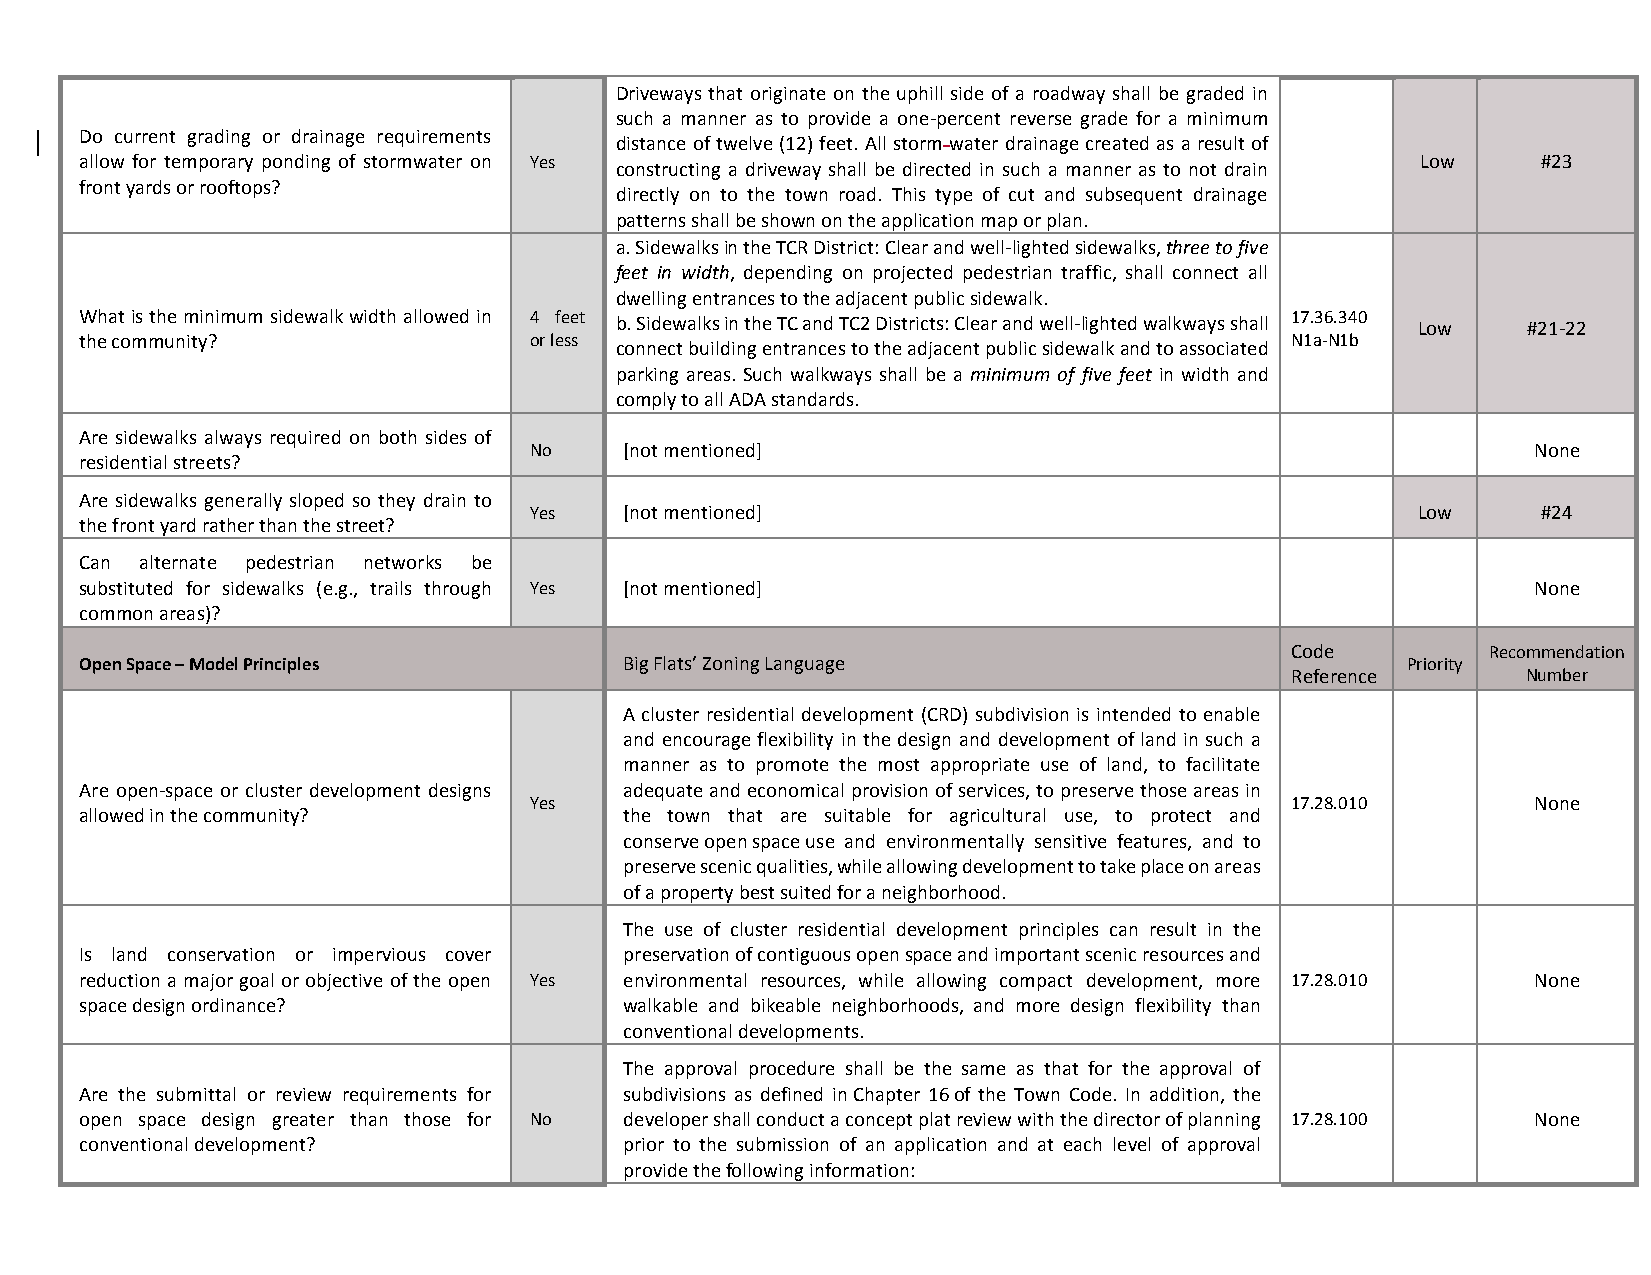
Driveways that originate on the uphill side of a roadway shall be graded in
 such a manner as to provide a one-percent reverse grade for a minimum
 Do current grading or drainage requirements
 distance of twelve (12) feet. All storm water drainage created as a result of
 allow for temporary ponding of stormwater on Yes                                         Low     #23
 constructing a driveway shall be directed in such a manner as to not drain
 front yards or rooftops?
 directly on to the town road. This type of cut and subsequent drainage
 patterns shall be shown on the application map or plan.
 a. Sidewalks in the TCR District: Clear and well-lighted sidewalks, three to five
 feet in width, depending on projected pedestrian traffic, shall connect all
 dwelling entrances to the adjacent public sidewalk.
 What is the minimum sidewalk width allowed in 4 feet b. Sidewalks in the TC and TC2 Districts: Clear and well-lighted walkways shall 17.36.340 Low #21-22
 the community?                or less                                           N1a-N1b
 connect building entrances to the adjacent public sidewalk and to associated
 parking areas. Such walkways shall be a minimum of five feet in width and
 comply to all ADA standards.
 Are sidewalks always required on both sides of
 No    [not mentioned]                                              None
 residential streets?
 Are sidewalks generally sloped so they drain to
 Yes   [not mentioned]                                      Low     #24
 the front yard rather than the street?
 Can alternate pedestrian networks be
 substituted for sidewalks (e.g., trails through Yes [not mentioned]                              None
 common areas)?
 Code          Recommendation
 Open Space – Model Principles       Big Flats’ Zoning Language                          Priority
 Reference       Number
 A cluster residential development (CRD) subdivision is intended to enable
 and encourage flexibility in the design and development of land in such a
 manner as to promote the most appropriate use of land, to facilitate
 Are open-space or cluster development designs adequate and economical provision of services, to preserve those areas in
 Yes                                               17.28.010        None
 allowed in the community?           the town that are suitable for agricultural use, to protect and
 conserve open space use and environmentally sensitive features, and to
 preserve scenic qualities, while allowing development to take place on areas
 of a property best suited for a neighborhood.
 The use of cluster residential development principles can result in the
 Is land conservation or impervious cover preservation of contiguous open space and important scenic resources and
 reduction a major goal or objective of the open Yes environmental resources, while allowing compact development, more 17.28.010 None
 space design ordinance?             walkable and bikeable neighborhoods, and more design flexibility than
 conventional developments.
 The approval procedure shall be the same as that for the approval of
 Are the submittal or review requirements for subdivisions as defined in Chapter 16 of the Town Code. In addition, the
 open space design greater than those for No developer shall conduct a concept plat review with the director of planning 17.28.100 None
 conventional development?           prior to the submission of an application and at each level of approval
 provide the following information: